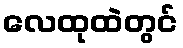
လေထုထဲတွင်